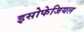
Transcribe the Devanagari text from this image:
इसोफेजियल